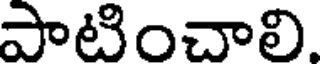
పాటించాలి.